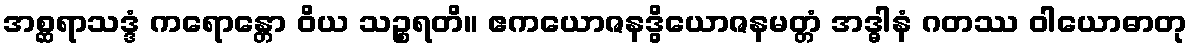
အစ္ဆရာသဒ္ဒံ ကရောန္တော ဝိယ သဉ္စရတိ။ ဧကယောဇနဒွိယောဇနမတ္တံ အဒ္ဓါနံ ဂတဿ ဝါယောဓာတု